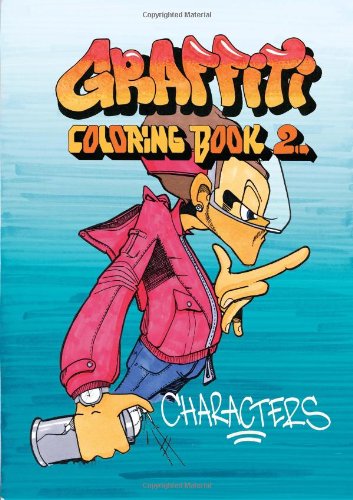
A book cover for Graffiti Coloring Book 2: Characters; Arts & Photography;